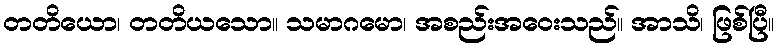
တတိယော၊ တတိယသော။ သမာဂမော၊ အစည်းအဝေးသည်။ အာသိ၊ ဖြစ်ပြီ။